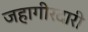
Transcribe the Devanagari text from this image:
जहागीरदारी